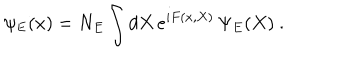
\psi _ { E } ( x ) = N _ { E } \int d X \, e ^ { i F ( x , X ) } \, \Psi _ { E } ( X ) ~ .